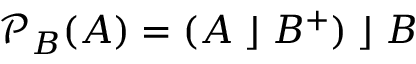
{ \mathcal { P } } _ { B } ( A ) = ( A \; \rfloor \; B ^ { + } ) \; \rfloor \; B